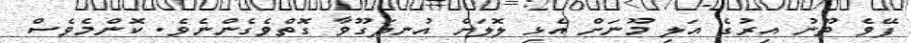
ފޭވެ ތޫނު އިރުގެ އަލި މޫނަށް އެޅި ލޮލަށް އުނދަގޫވާ ގޮތްވެގެންނެވެ. ކޮންމެވެސް